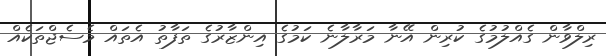
ރިލްވާން ގެއްލުމުގެ ކުރިން އޭނާ މަރާލާނެ ކަމުގެ އިންޒާރުގެ ތަފާތު އެތައް މެސެޖްތަކެއް